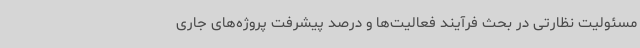
مسئولیت نظارتی در بحث فرآیند فعالیت‌ها و درصد پیشرفت پروژه‌های جاری